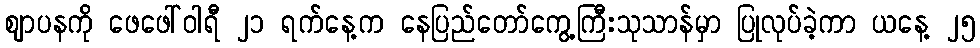
ဈာပနကို ဖေဖေါ်ဝါရီ ၂၁ ရက်နေ့က နေပြည်တော်ကွေ့ကြီးသုသာန်မှာ ပြုလုပ်ခဲ့ကာ ယနေ့ ၂၅